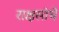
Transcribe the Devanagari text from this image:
राक्षसांचे